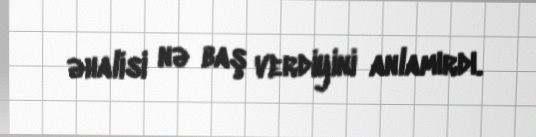
əhalisi nə baş verdiyini anlamırdı.